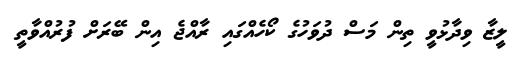
ލީޒާ ވިދާޅުވީ ތިން މަސް ދުވަހުގެ ކޯހެއްގައި ރާއްޖެ އިން ބޭރަށް ފުރުއްވާތީ